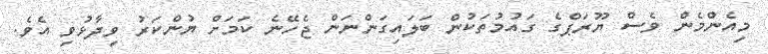
މިއެންމެން ވެސް ޔޫރަޕްގެ ގައުމުތަކުން ބަލައިގަންނަން ޖެހޭނެ ކަމަށް ޔުންކަރު ވިދާޅުވި އެވެ.